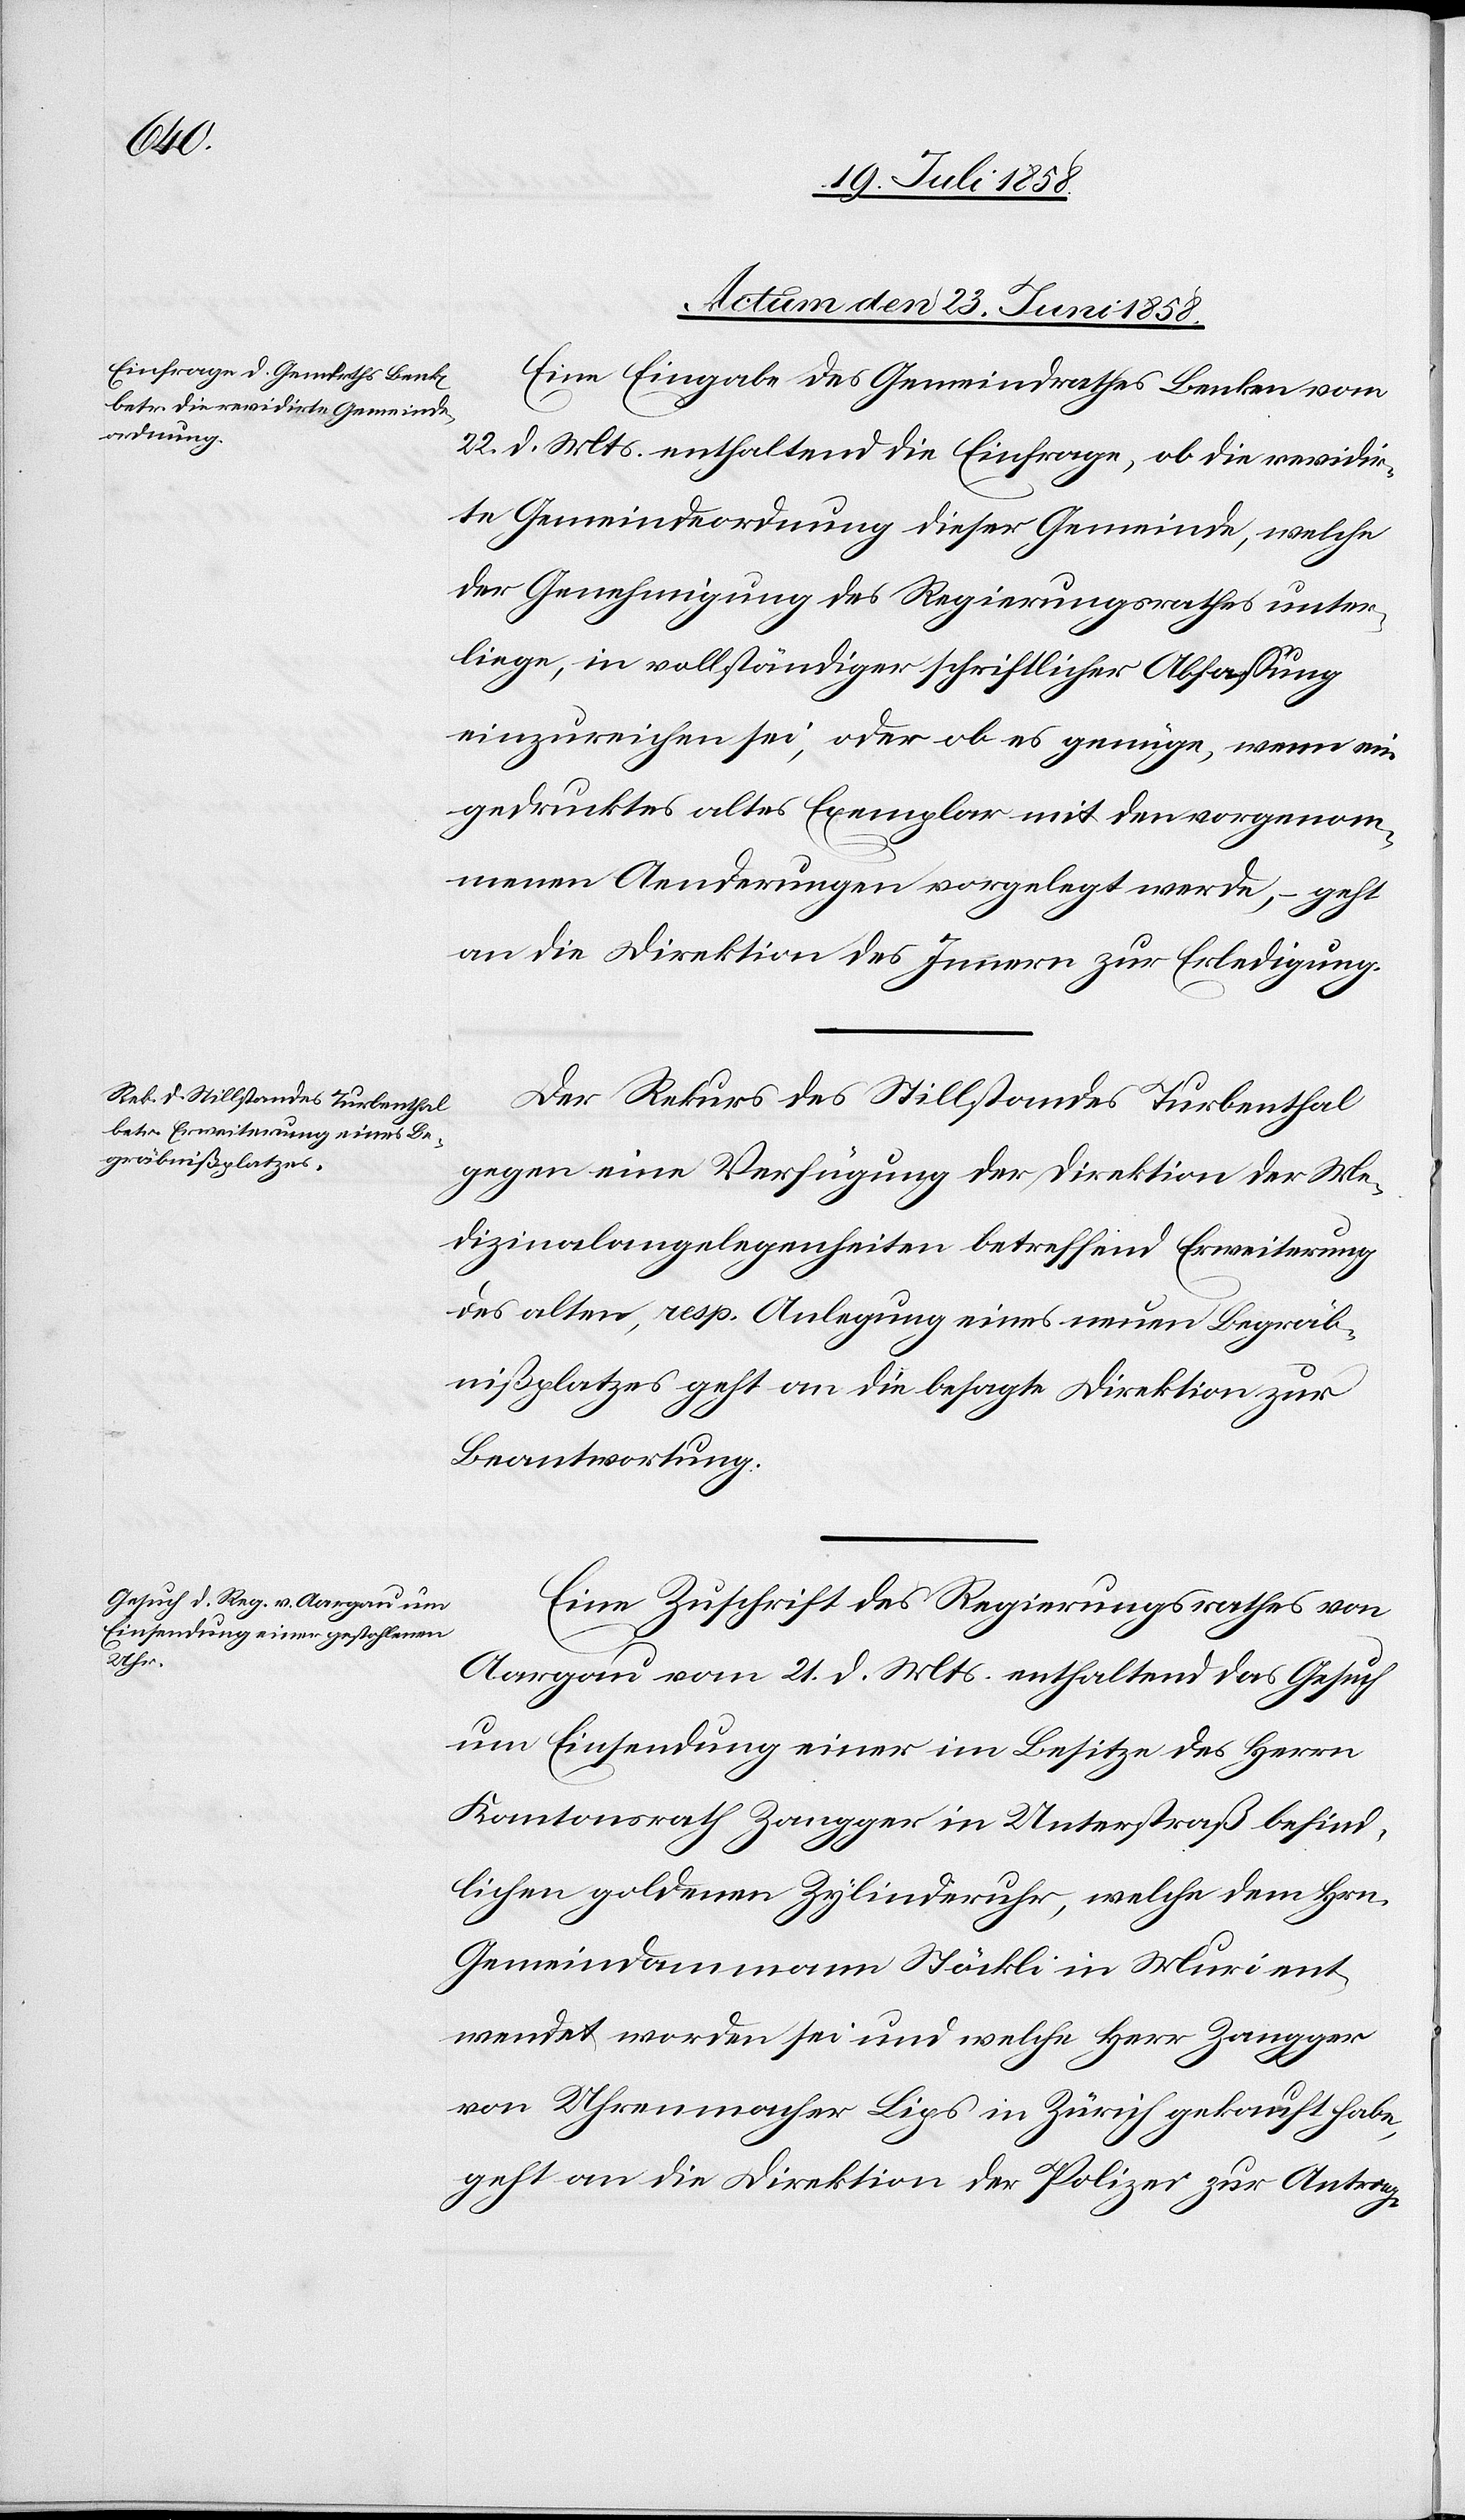
Actum den 23. Juni 1858.]
Eine Eingabe des Gemeindrathes Benken vom
22. d. Mts. enthaltend die Einfrage, ob die revidir¬
te Gemeindeordnung dieser Gemeinde, welche
der Genehmigung des Regierungsrathes unter¬
liege, in vollständiger schriftlicher Abfassung
einzureichen sei, oder ob es genüge, wenn ein
gedrucktes altes Exemplar mit den vorgenom¬
menen Aenderungen vorgelegt werde, – geht
an die Direktion des Innern zur Erledigung.
Der Rekurs des Stillstandes Turbenthal
gegen eine Verfügung der Direktion der Me¬
dizinalangelegenheiten betreffend Erweiterung
des alten, resp. Anlegung eines neuen Begräb¬
nißplatzes geht an die besagte Direktion zur
Beantwortung.
Eine Zuschrift des Regierungsrathes von
Aargau vom 21. d. Mts. enthaltend das Gesuch
um Einsendung einer im Besitze des Herrn
Kantonsrath Zangger in Unterstraß befind¬
lichen goldenen Zylinderuhr, welche dem Hrn.
Gemeindammann Stöckli in Muri ent¬
wendet worden sei und welche Herr Zangger
von Uhrenmacher Lips in Zürich gekauft habe,
geht an die Direktion der Polizei zur Antrag-